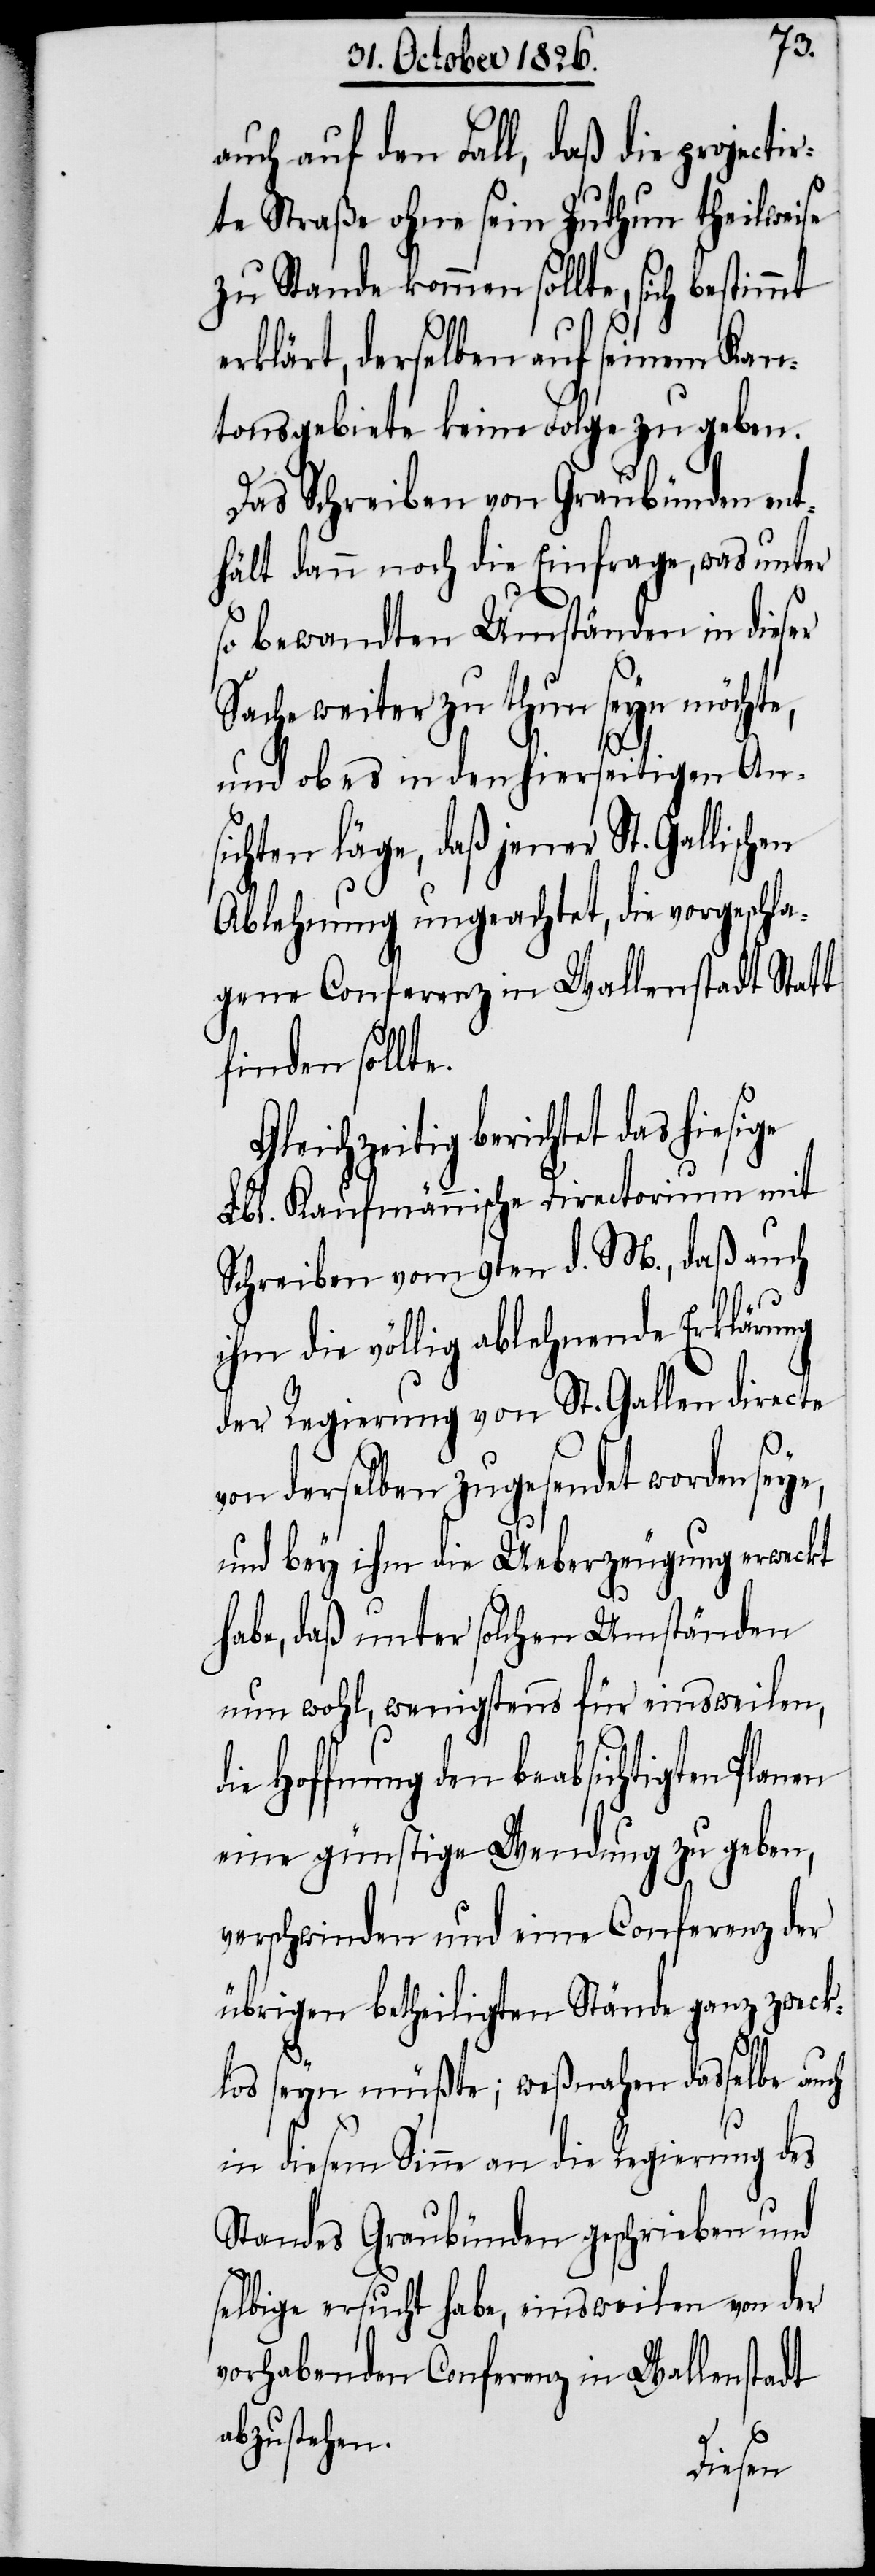
d¬
auch auf den Fall, daß die projectir¬
te Straße ohne sein Zuthun theilweise
zu Stande kommen sollte, sich bestimmt
erklärt, derselben auf seinem Kan¬
tonsgebiete keine Folge zu geben.
Das Schreiben von Graubünden ent¬
hält dann noch die Einfrage, was unter
so bewandten Umständen in dieser
Sache weiter zu thun seyn möchte,
und ob es in den hierseitigen An¬
sichten läge, daß jener St. Gallischen
Ablehnung ungeachtet, die vorgeschla¬
gene Conferenz in Wallenstadt Statt
finden sollte.
tet das hiesige
Lbl. Kaufmännische Directorium mit
Schreiben vom 9ten d. M., daß auch
ihm die völlig ablehnende Erklärung
der Regierung von St. Gallen directe
von derselben zugesendet worden seye,
und bey ihm die Ueberzeugung erwecket
habe, daß unter solchen Umständen
nun wohl, wenigstens für einsweilen,
ie Hoffung den beabsichtigten Planen
eine günstige Wendung zu geben,
verschwinden und eine Conferenz der
übrigen betheiligten Stände ganz zweck¬
los seyn müßte; weßnahen dasselbe auch
in diesem Sinne an die Regierung des
Standes Graubünden geschrieben und
selbige ersucht habe, einsweilen von der
vorhabenden Conferenz in Wallenstadt
abzustehen.